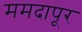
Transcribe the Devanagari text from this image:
ममदापूर